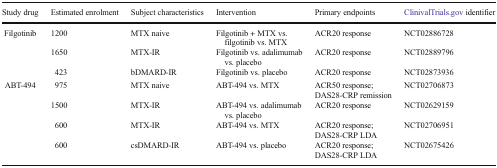
<table><thead><tr><td><b>Study drug</b></td><td><b>Estimated enrolment</b></td><td><b>Subject characteristics</b></td><td><b>Intervention</b></td><td><b>Primary endpoints</b></td><td><b>ClinivalTrials.gov identifier</b></td></tr></thead><tbody><tr><td rowspan="3">Filgotinib</td><td>1200</td><td>MTX naive</td><td>Filgotinib + MTX vs. filgotinib vs. MTX</td><td>ACR20 response</td><td>NCT02886728</td></tr><tr><td>1650</td><td>MTX-IR</td><td>Filgotinib vs. adalimumab vs. placebo</td><td>ACR20 response</td><td>NCT02889796</td></tr><tr><td>423</td><td>bDMARD-IR</td><td>Filgotinib vs. placebo</td><td>ACR20 response</td><td>NCT02873936</td></tr><tr><td rowspan="4">ABT-494</td><td>975</td><td>MTX naive</td><td>ABT-494 vs. MTX</td><td>ACR50 response;DAS28-CRP remission</td><td>NCT02706873</td></tr><tr><td>1500</td><td>MTX-IR</td><td>ABT-494 vs. adalimumab vs. placebo</td><td>ACR20 response</td><td>NCT02629159</td></tr><tr><td>600</td><td>MTX-IR</td><td>ABT-494 vs. MTX</td><td>ACR20 response;DAS28-CRP LDA</td><td>NCT02706951</td></tr><tr><td>600</td><td>csDMARD-IR</td><td>ABT-494 vs. placebo</td><td>ACR20 response;DAS28-CRP LDA</td><td>NCT02675426</td></tr></tbody></table>